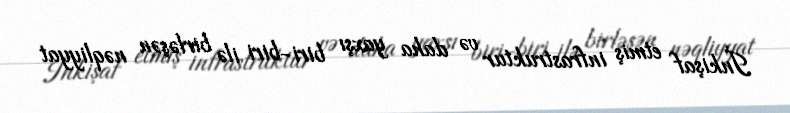
İnkişaf etmiş infrastruktur və daha yaxşı biri-biri ilə birləşən nəqliyyat